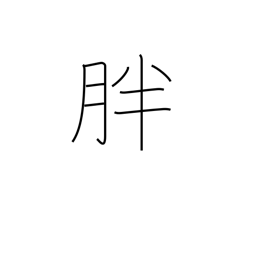
Meaning: plentiful